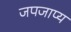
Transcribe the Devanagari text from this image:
जपजाप्य